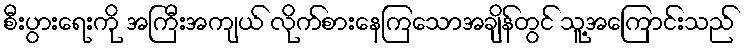
စီးပွားရေးကို အကြီးအကျယ် လိုက်စားနေကြသောအချိန်တွင် သူ့အကြောင်းသည်